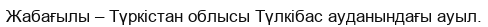
Жабағылы – Түркістан облысы Түлкібас ауданындағы ауыл.